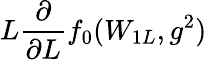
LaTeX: L\frac{\partial}{\partial L}f_{0}(W_{1L},g^{2})